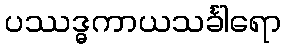
ပဿဒ္ဓကာယသင်္ခါရော